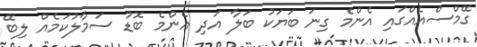
ގޭމްސްއެއްގައި އެންމެ ގިނަ ބަޔަކު ބަލާ އަދި އެންމެ ބޮޑު ސަމާލުކަމެއް ލިބޭ